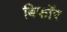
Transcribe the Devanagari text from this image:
बिफाॅर